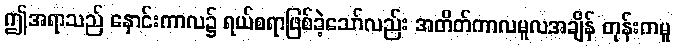
ဤအရာသည် နှောင်းကာလ၌ ရယ်စရာဖြစ်ခဲ့သော်လည်း အတိတ်ကာလမူလအချိန် တုန်းကမူ